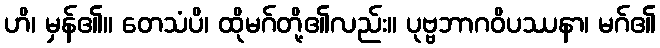
ဟိ၊ မှန်၏။ တေသံပိ၊ ထိုမဂ်တို့၏လည်း။ ပုဗ္ဗဘာဂဝိပဿနာ၊ မဂ်၏